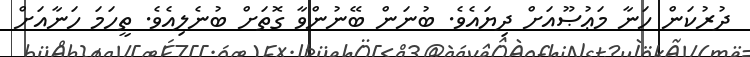
ދުރުކަން ހަނާ މަޢުޞޫއަށް ދިޔައެވެ. ބުނަން ބޭނުންވާ ގޮތަށް ބުނެލިއެވެ. ތީހަމަ ހަނާއަށް